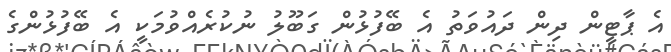
އެ ޕާޓީން ދިން ދައުވަތު އެ ބޭފުޅުން ގަބޫލު ނުކުރެއްވުމަކީ އެ ބޭފުޅުންގެ